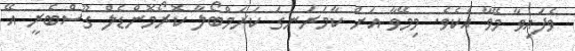
ވެފައިވާ މޭވާ އެކެވެ. މިމޭވާ އަށް ކާމަރަނގަ ކަރަމްބޯލާ ކޮރޯމޮންޑެލް ގޫސްބެރީ އޭ